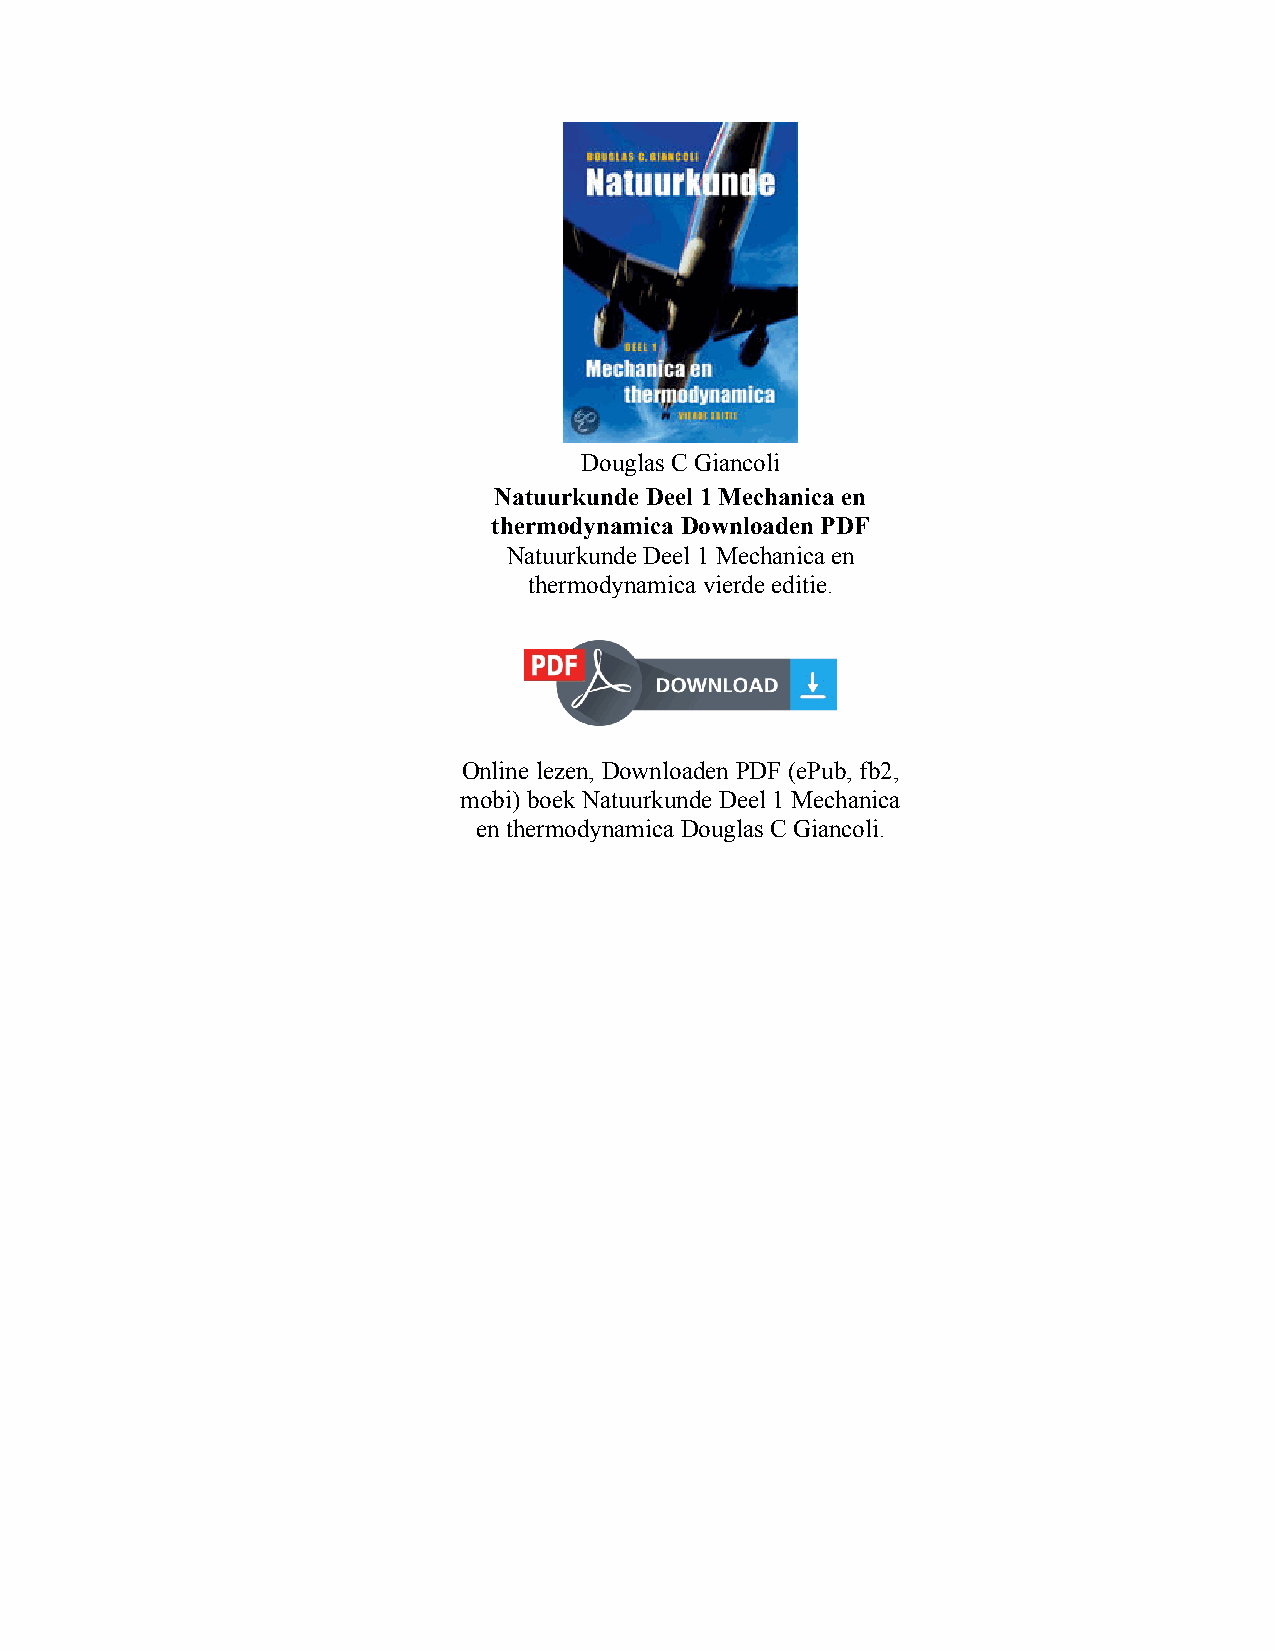
Douglas C Giancoli
 Natuurkunde Deel 1 Mechanica en
 thermodynamica Downloaden PDF
 Natuurkunde Deel 1 Mechanica en
 thermodynamica vierde editie.
 Online lezen, Downloaden PDF (ePub, fb2,
 mobi) boek Natuurkunde Deel 1 Mechanica
 en thermodynamica Douglas C Giancoli.